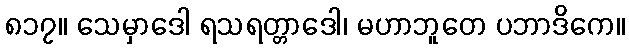
၈၁၇။ သေမှာဒေါ ရသရတ္တာဒေါ၊ မဟာဘူတေ ပဘာဒိကေ။